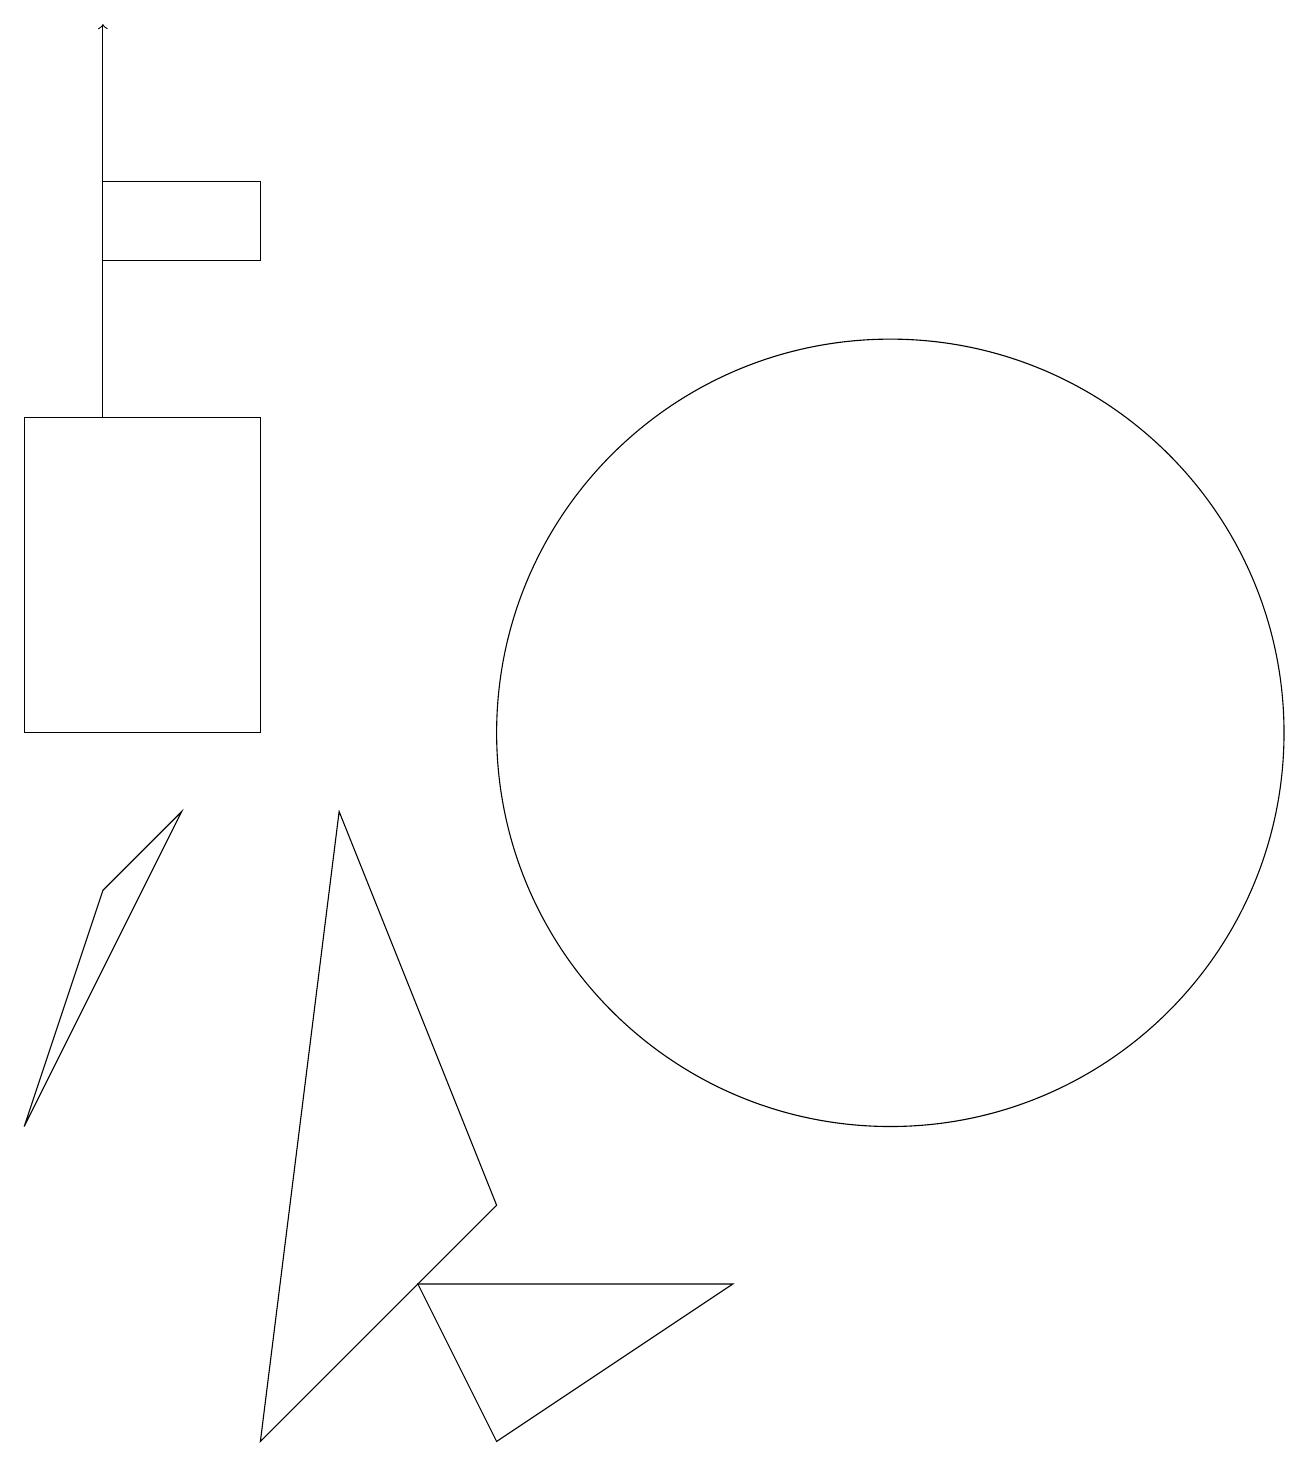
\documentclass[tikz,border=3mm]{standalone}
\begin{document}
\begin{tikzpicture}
\draw (4,9) -- (3,1) -- (6,4) -- cycle;
\draw (11,10) circle (5);
\draw (1,16) rectangle (3,17);
\draw (3,14) rectangle (0,10);
\draw (9,3) -- (5,3) -- (6,1) -- cycle;
\draw (2,9) -- (1,8) -- (0,5) -- cycle;
\draw[->] (1,14) -- (1,19);
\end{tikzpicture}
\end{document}